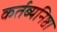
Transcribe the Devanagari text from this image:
कर्तब्यनिष्ठा